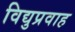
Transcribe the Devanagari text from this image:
विद्युप्रवाह